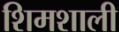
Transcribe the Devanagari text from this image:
शिमशाली